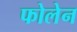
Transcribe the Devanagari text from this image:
फोलेन